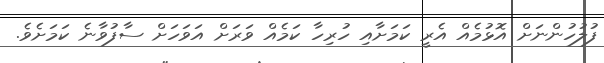
ފުލުހުންނަށް އޮޅުމެއް އެރީ ކަމަށާއި ހުރިހާ ކަމެއް ވަރަށް އަވަހަށް ސާފުވާނެ ކަމަށެވެ.